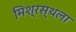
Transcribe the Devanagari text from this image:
मिश्रस्थला